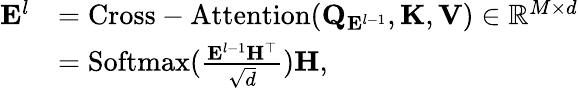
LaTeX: \begin{array}{rl}{\mathbf{E}^{l}}&{=\mathrm{Cross-Attention}(\mathbf{Q}_{\mathbf{E}^{l-1}},\mathbf{K},\mathbf{V})\in\mathbb{R}^{M\times d}}\\ &{=\mathrm{Softmax}(\frac{\mathbf{E}^{l-1}\mathbf{H}^{\top}}{\sqrt{d}})\mathbf{H},}\end{array}